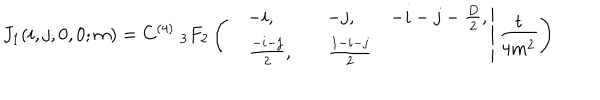
LaTeX: J _ { 1 } ( i , j , 0 , 0 ; m ) = C ^ { ( 4 ) } \; _ { 3 } F _ { 2 } \left( \left. \begin{matrix} { { - i , } } & { { - j , } } & { { - i - j - \frac { D } { 2 } , } } \\ { { \quad \frac { - i - j } { 2 } , } } & { { \quad \frac { 1 - i - j } { 2 } } } \\ \end{matrix} \right| \frac { t } { 4 m ^ { 2 } } \right)